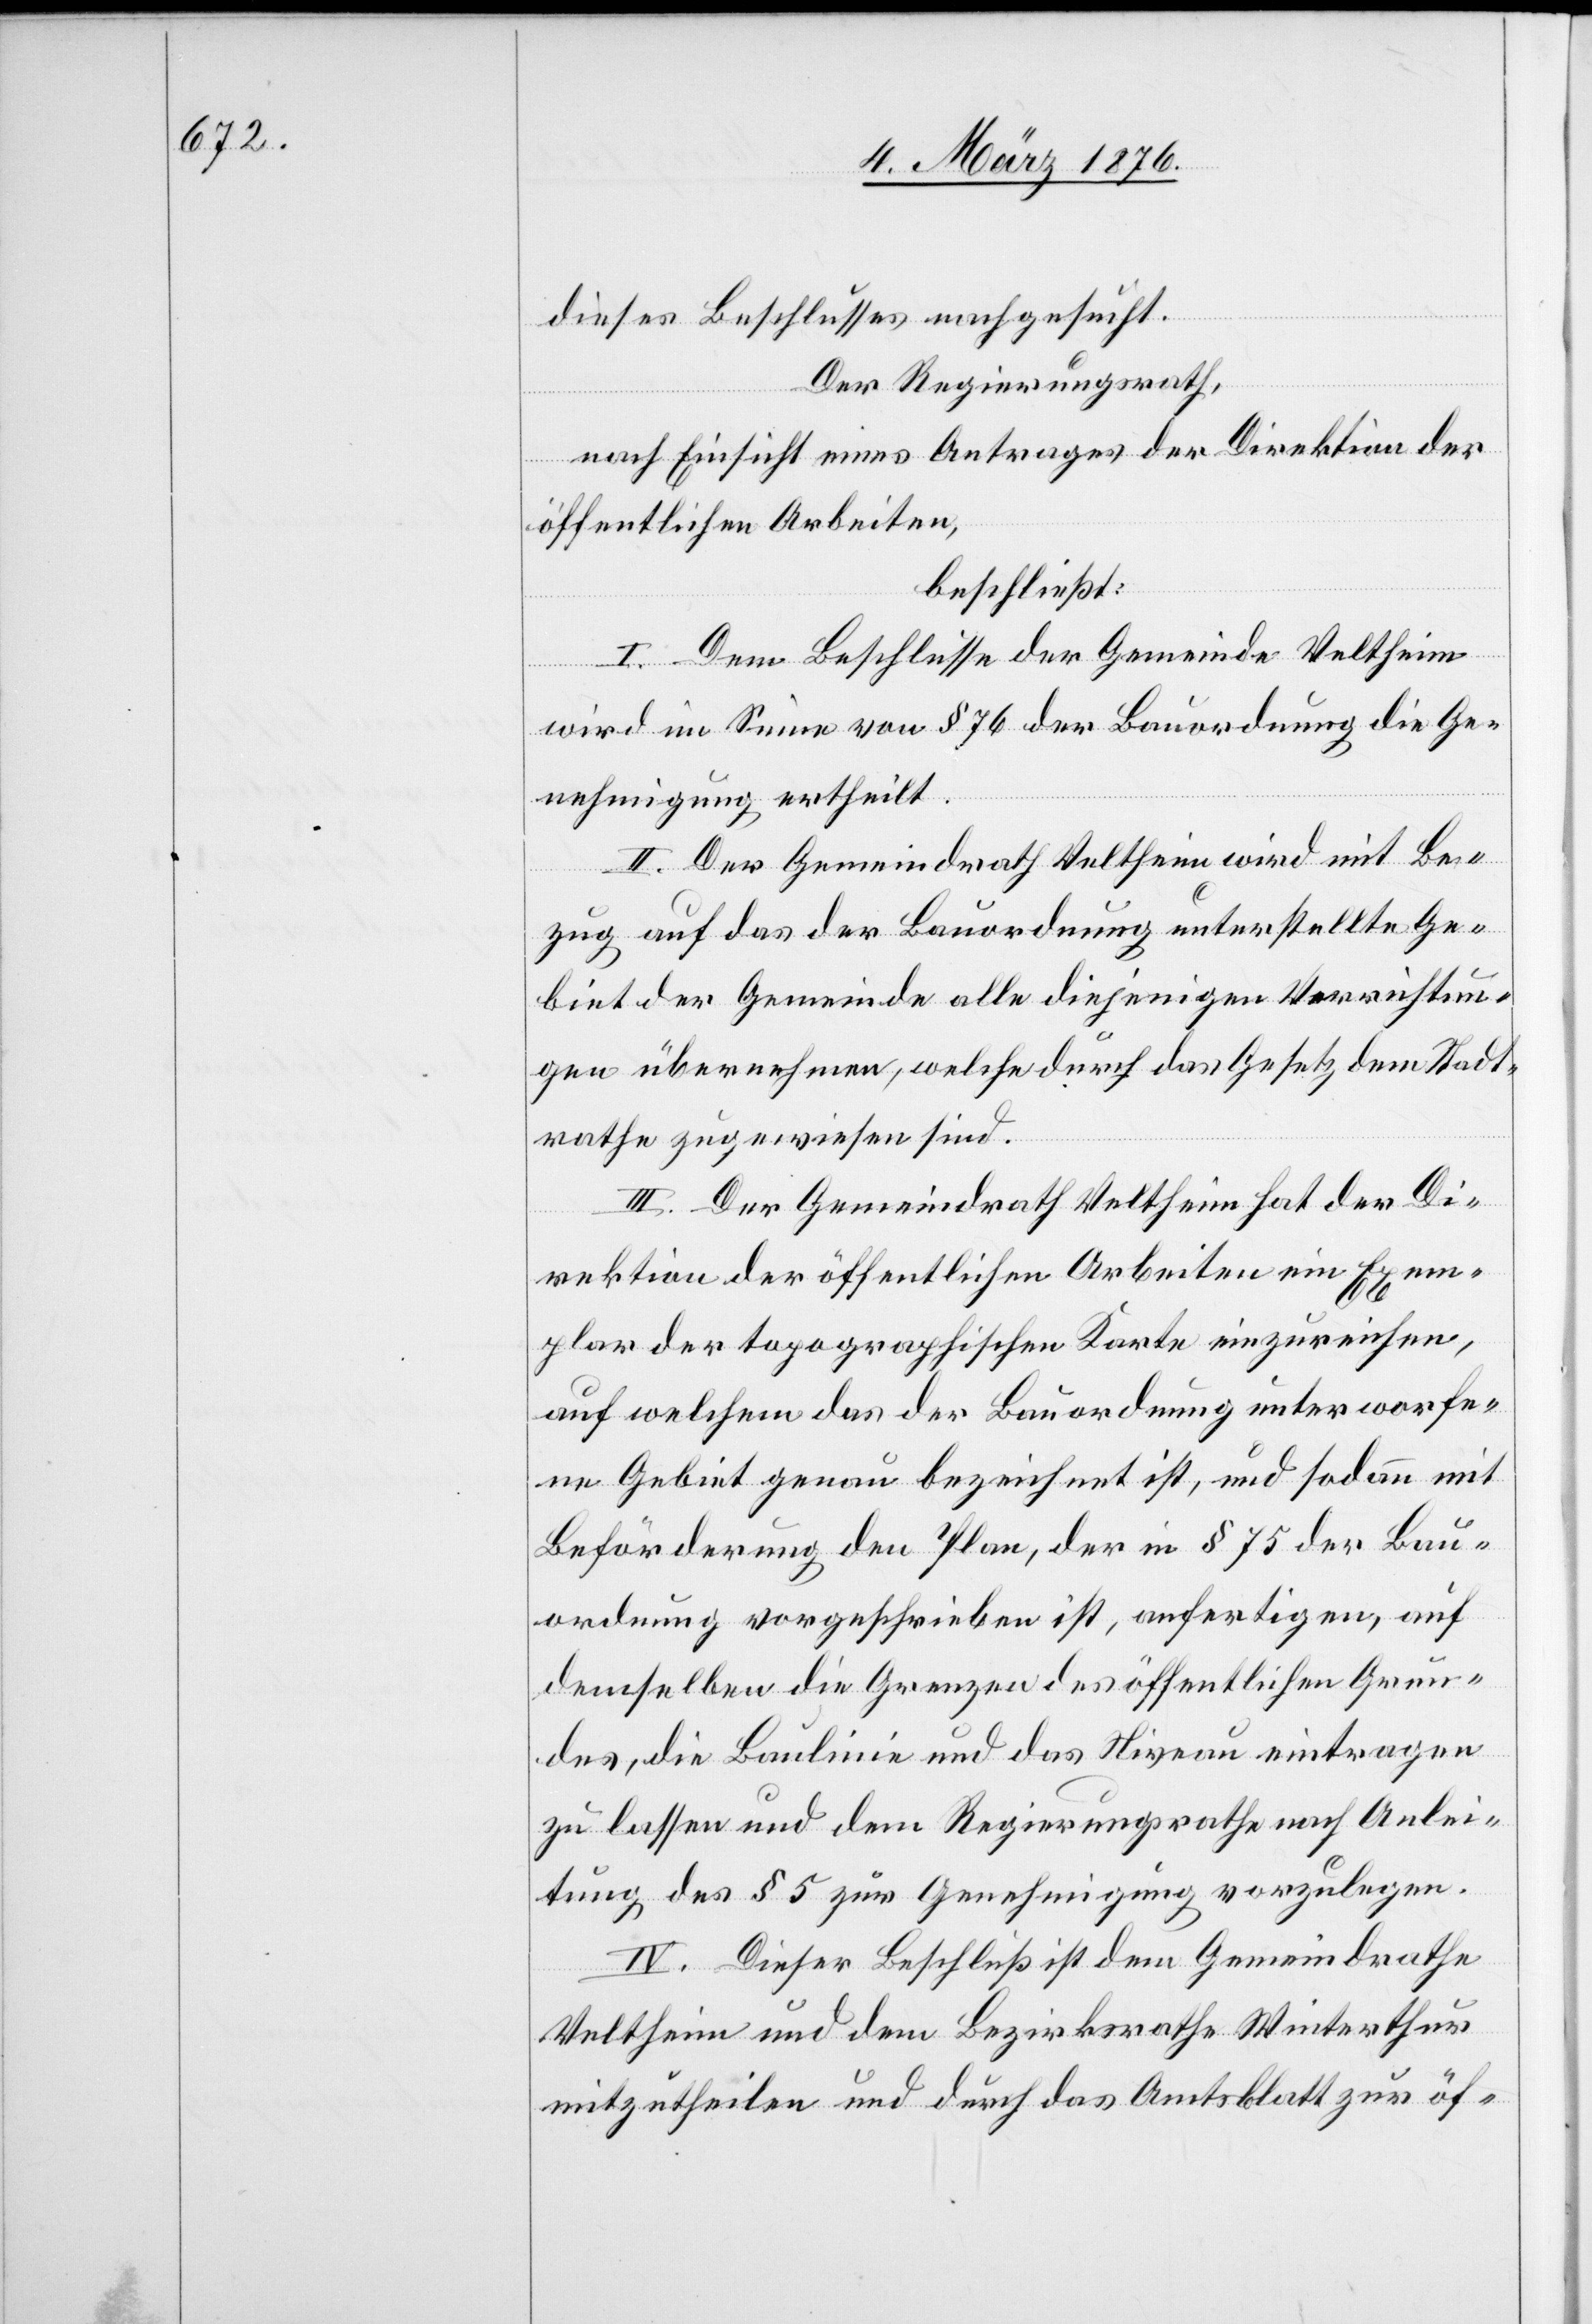
dieses Beschlusses nachgesucht.
Der Regierungsrath,
nach Einsicht eines Antrages der Direktion der
öffentlichen Arbeiten,
beschließt:
I. Dem Beschlusse der Gemeinde Veltheim
wird im Sinne von § 76 der Bauordnung die Ge¬
nehmigung ertheilt.
II. Der Gemeindrath Veltheim wird mit Be¬
zug auf das der Bauordnung unterstellte Ge¬
biet der Gemeinde alle diejenigen Verrichtun¬
gen übernehmen, welche durch das Gesetz dem Stadt¬
rathe zugewiesen sind.
III. Der Gemeindrath Veltheim hat der Di¬
rektion der öffentlichen Arbeiten ein Exem¬
plar der topographischen Karte einzureichen,
auf welchem das der Bauordnung unterworfe¬
ne Gebiet genau bezeichnet ist, und sodann mit
Beförderung den Plan, der in § 75 der Bau¬
ordnung vorgeschrieben ist, anfertigen, auf
demselben die Grenzen des öffentlichen Grun¬
des, die Baulinie und das Niveau eintragen
zu lassen und dem Regierungsrathe nach Anlei¬
tung des § 5 zur Genehmigung vorzulegen.
IV. Dieser Beschluß ist dem Gemeindrathe
Veltheim und dem Bezirksrathe Winterthur
mitzutheilen und durch das Amtsblatt zur öf-